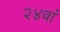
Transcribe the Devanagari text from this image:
२४वां